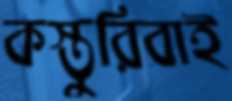
কস্তুরিবাই